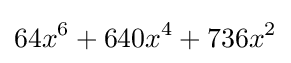
64x^{6}+640x^{4}+736x^{2}